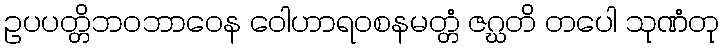
ဥပပတ္တိဘဝဘာဝေန ဝေါဟာရဝစနမတ္တံ ဇဂ္ဃတိ တပေါ သုဏံတု